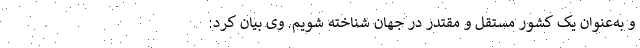
و به‌عنوان یک کشور مستقل و مقتدر در جهان شناخته شویم‌. وی بیان کرد: